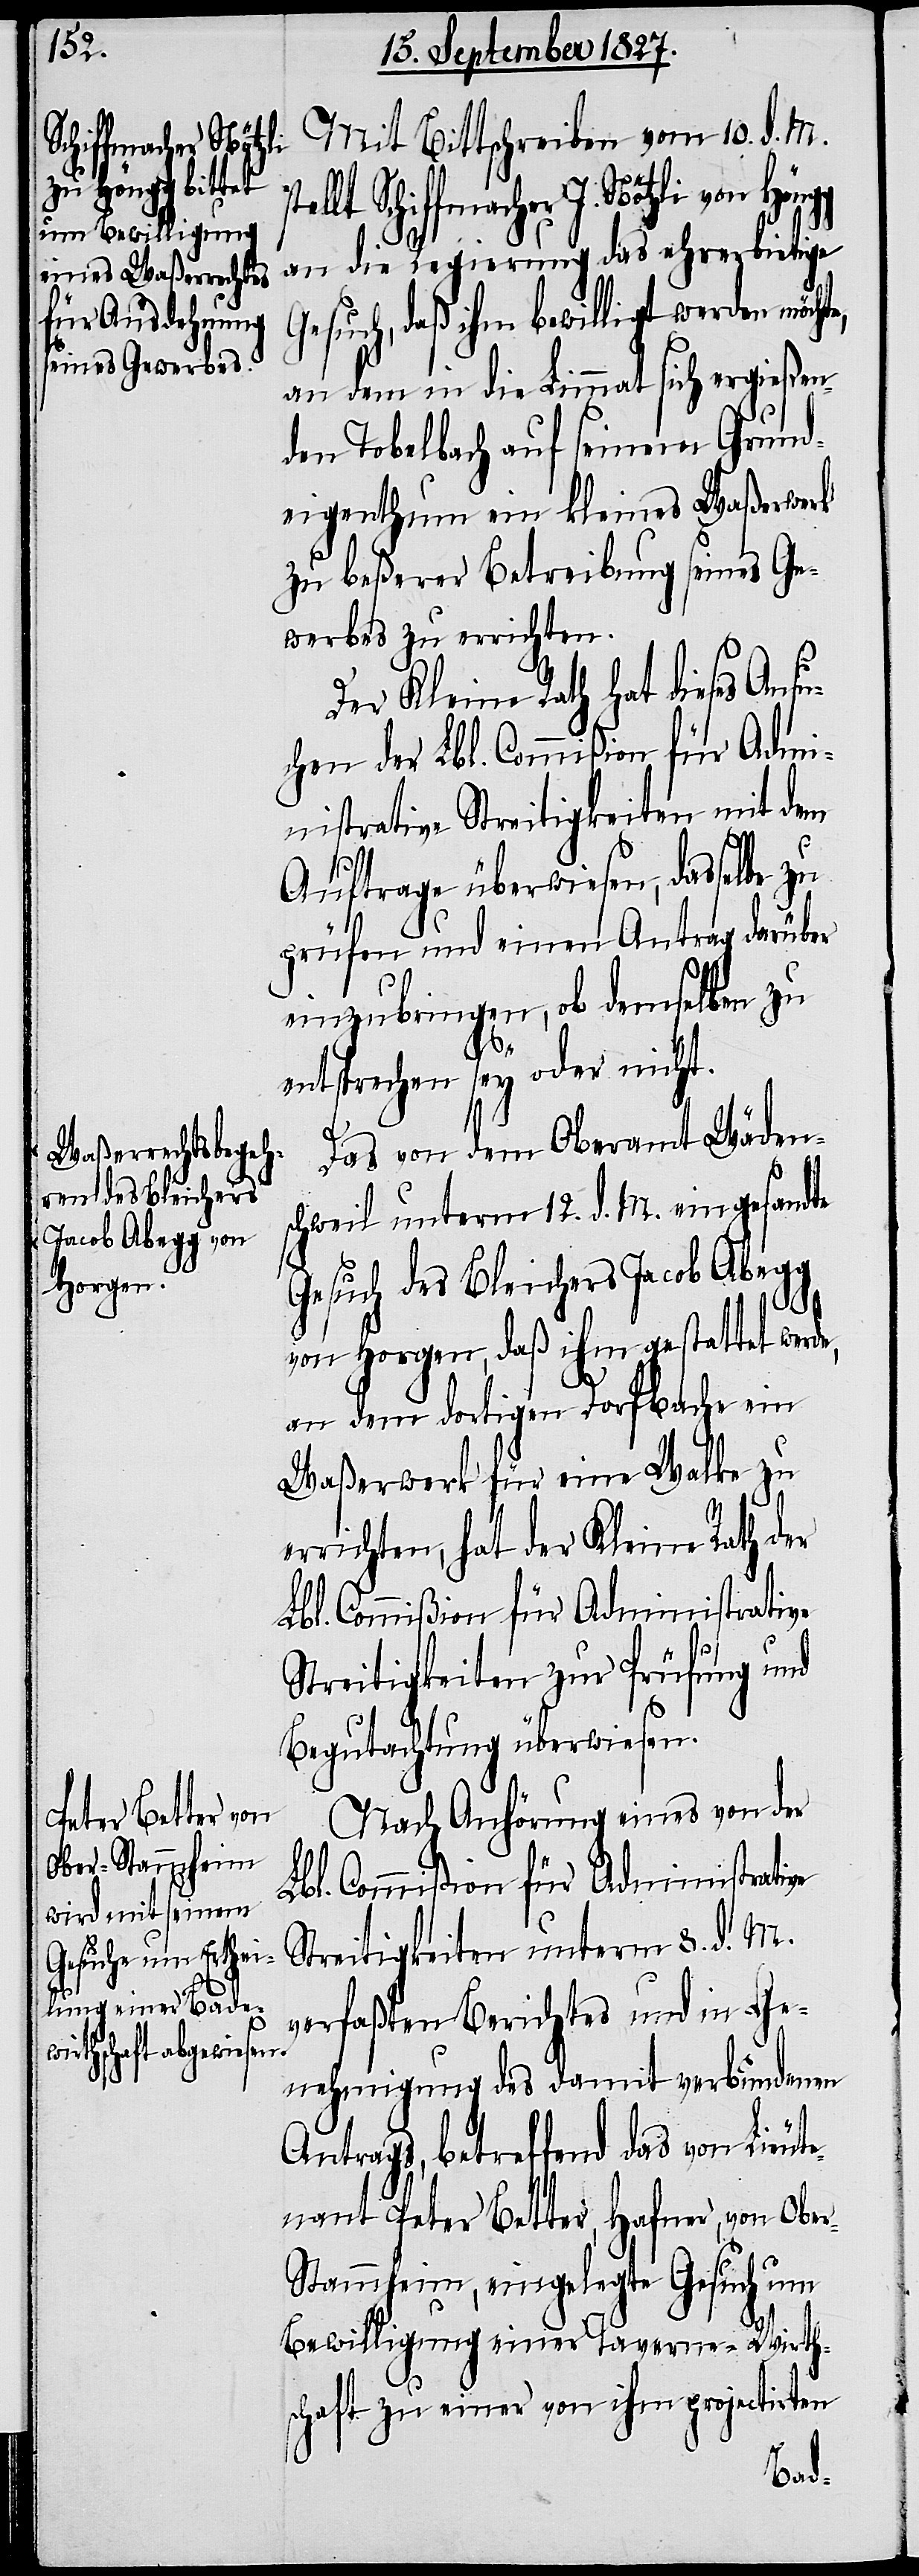
e,
Schiffmacher J.

Mit Bittschreiben vom 10. d. M.
an die Regierung das ehrerbietige
Gesuch, daß ihm bewilligt werden möchte,
an dem in die Limmat sich ergießen¬
den Tobelbach auf seinem Grund¬
eigenthum ein kleines Waßerwerk
zu beßerer Betreibung seines Ge¬
werbes zu errichten.
Der Kleine Rath hat dieses Ans¬
uchen der Lbl. Commißion für Admi¬
nistrative Streitigkeiten mit dem
Auftrage überwiesen, dasselbe zu
prüfen und einen Antrag darüber
einzubringen, ob demselben zu
entsprechen sey oder nicht.
Das von dem Oberamt Wäden¬
schweil unterm 12. d. M. eingesandte
Gesuch des Bleichers Jacob Abegg
von Horgen, daß ihm gestattet werd¬
an dem dortigen Dorfbache ein
Waßerwerk für eine Walke zu
errichten, hat der Kleine Rath der
Lbl. Commißion für Administrative
Streitigkeiten zur Prüfung und
Begutachtung überwiesen.
Nach Anhörung eines von der
Lbl. Commißion für Administrative
Streitigkeiten unterm 8. d. M.
verfaßten Berichtes und in Ge¬
nehmigung des damit verbundenen
Antrags, betreffend das von Lieut¬
enant Peter Better, Hafner, von Obe¬
r-Stammheim, eingelegte Gesuch um
Bewilligung einer Taverne-Wirth¬
schaft zu einer von ihm projectirten